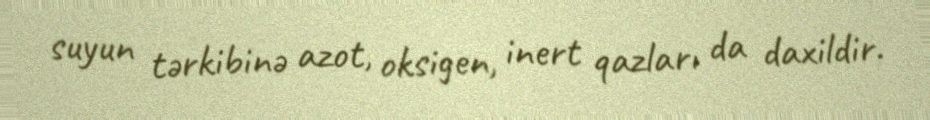
suyun tərkibinə azot, oksigen, inert qazları da daxildir.